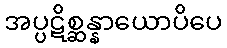
အပ္ပဋိစ္ဆန္နာယောပိပေ